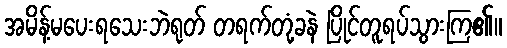
အမိန့်မပေးရသေးဘဲရုတ် တရက်တုံ့ခနဲ ပြိုင်တူရပ်သွားကြ၏။